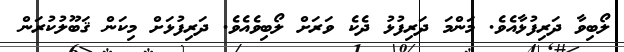
ލޯބިވާ ދަރިފުޅާއެވެ. މަންމަ ދަރިފުޅު ދެކެ ވަރަށް ލޯބިވެއެވެ. ދަރިފުޅަށް މިކަން ޤަބޫލުކުރަން